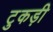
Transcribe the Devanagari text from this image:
टुकड़ी